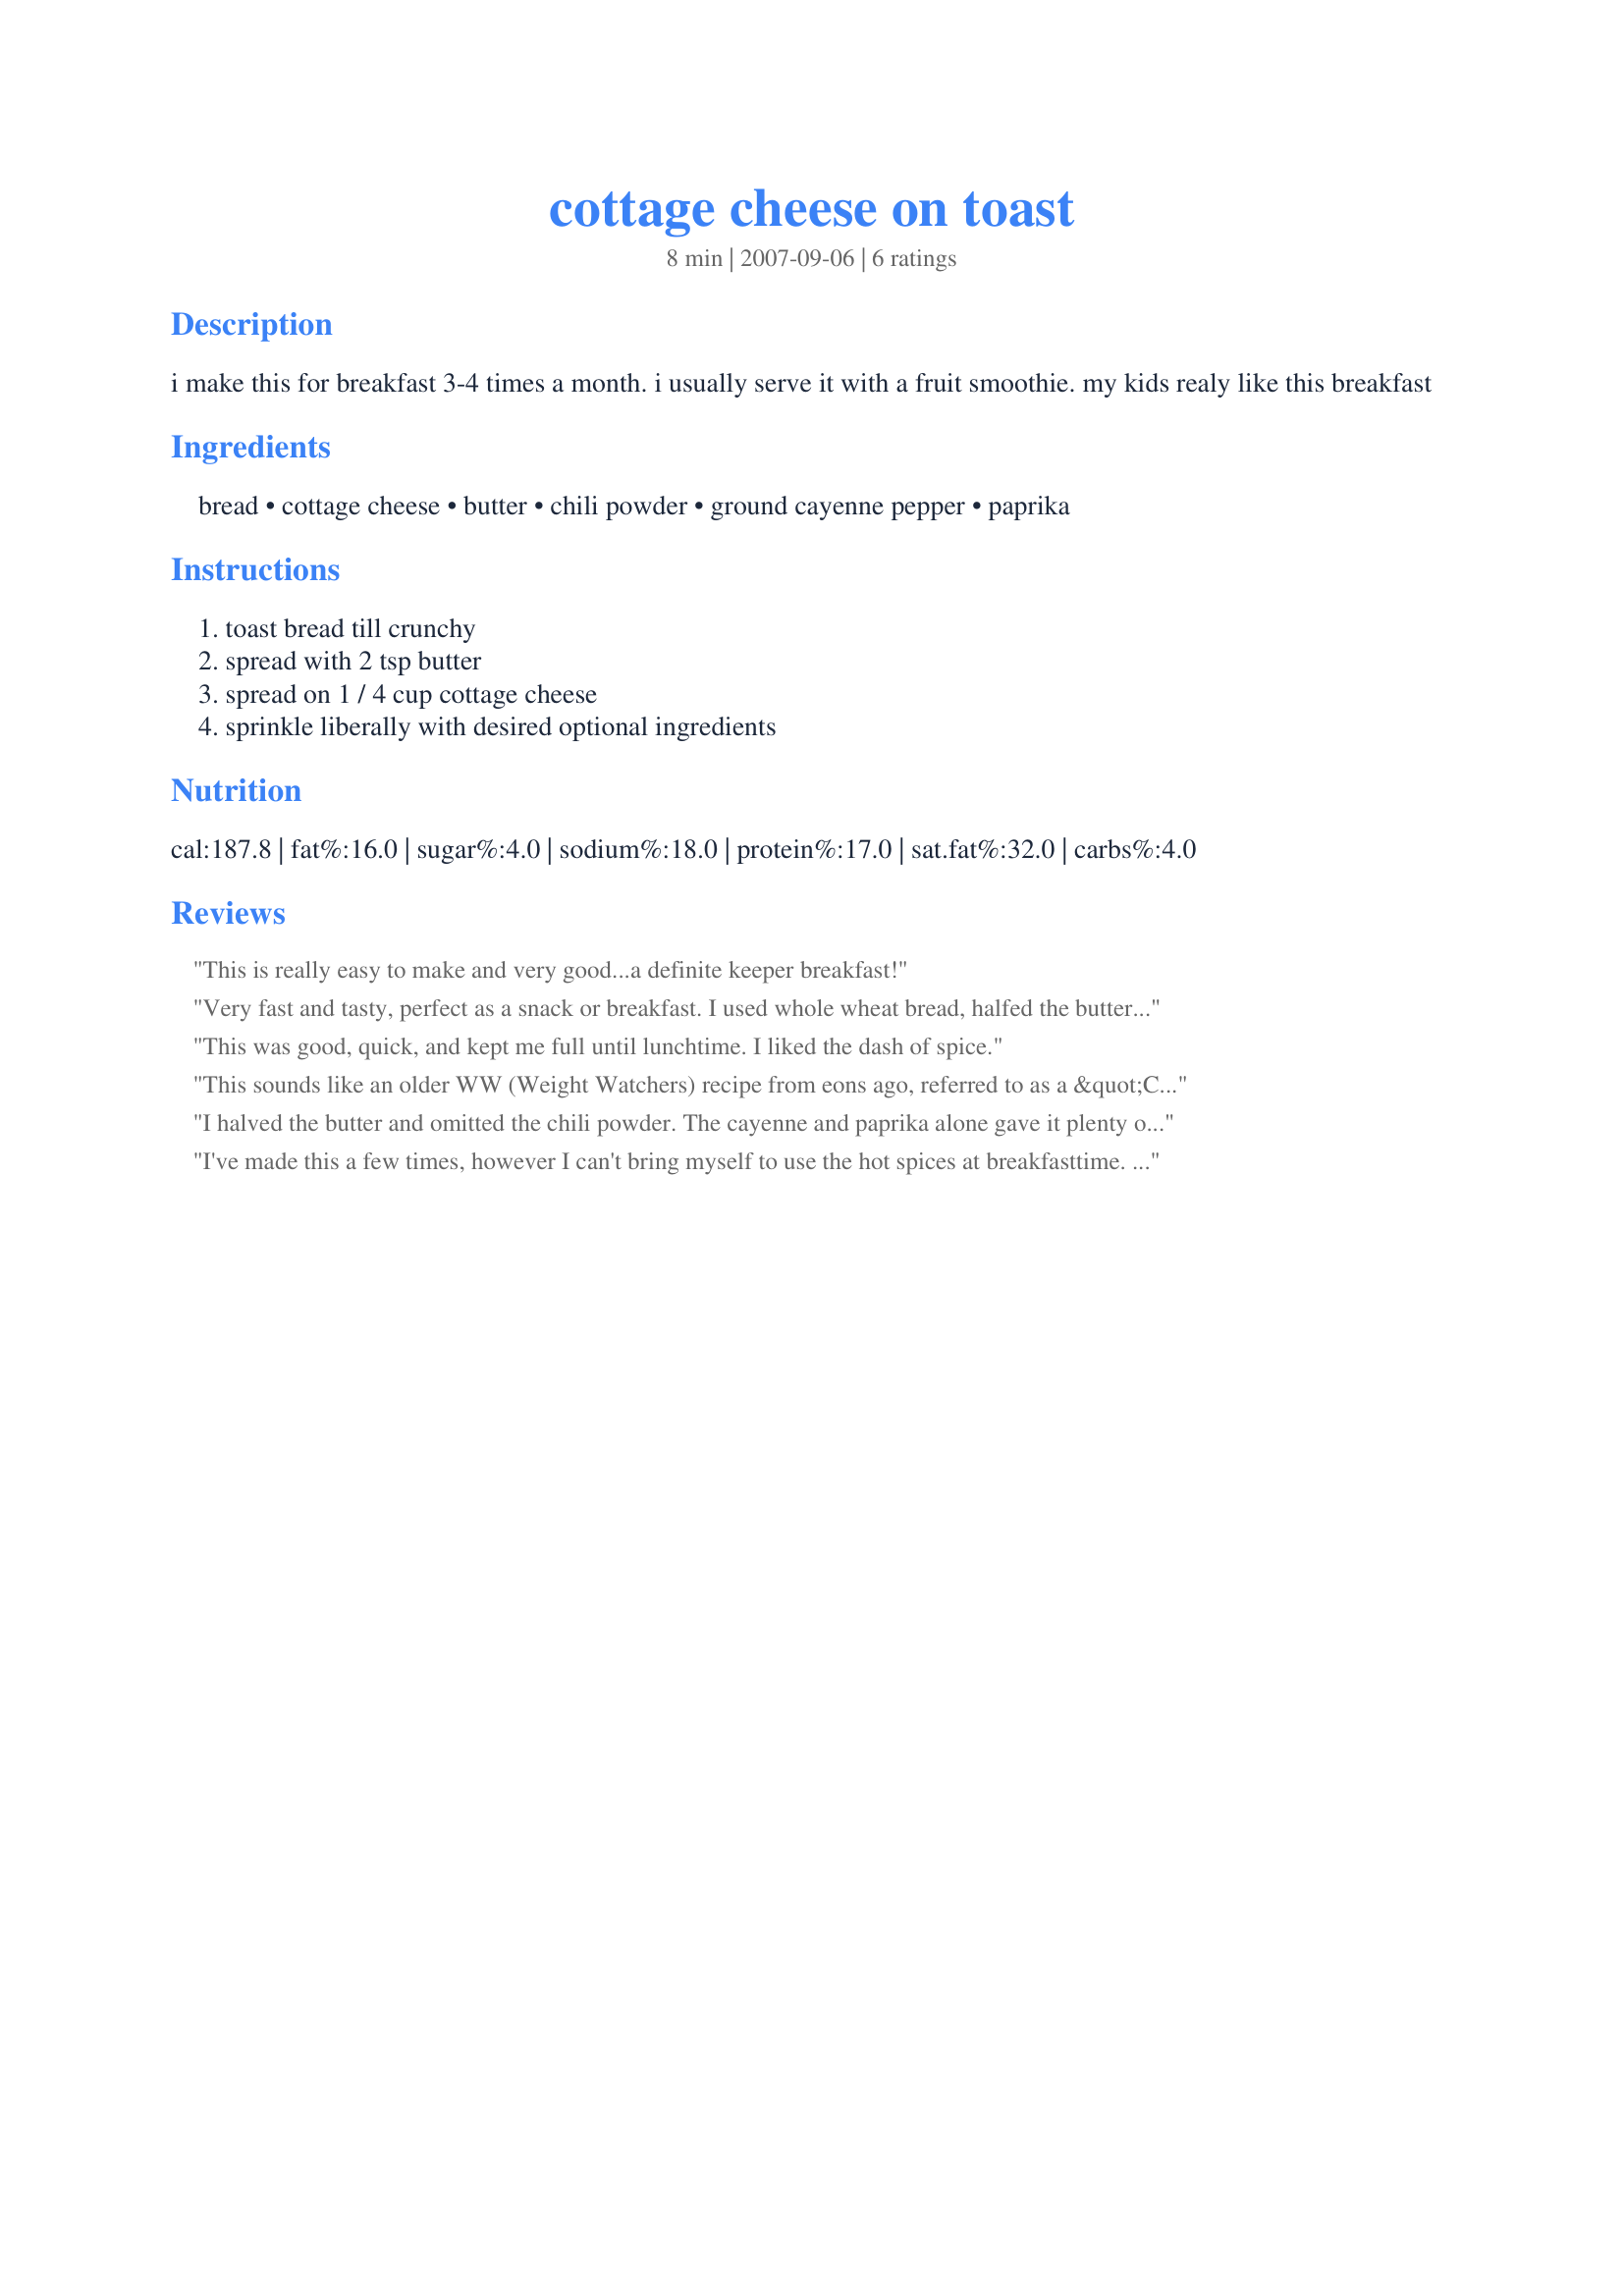
cottage cheese on toast
Preparation time: 8 minutes

i make this for breakfast 3-4 times a month. i usually serve it with a fruit smoothie. my kids realy like this breakfast

Ingredients:
bread, cottage cheese, butter, chili powder, ground cayenne pepper, paprika

Steps:
toast bread till crunchy, spread with 2 tsp butter, spread on 1 / 4 cup cottage cheese, sprinkle liberally with desired optional ingredients

Reviews:
This is really easy to make and very good...a definite keeper breakfast!
Very fast and tasty, perfect as a snack or breakfast. I used whole wheat bread, halfed the butter, 5% fat cottage cheese and paprika on the top. Thanks for sharing LizAnn!
This was good, quick, and kept me full until lunchtime. I liked the dash of spice.
This sounds like an older WW (Weight Watchers) recipe from eons ago, referred to as a &quot;Cheese Danish&quot;. I still make it occasionally, but instead, I top it with a heaping tablespoon of canned crushed pineapple &amp; a sprinkle of cinnamon. It&#039;s good and filling.
I halved the butter and omitted the chili powder. The cayenne and paprika alone gave it plenty of zing. This made a nice snack for me this afternoon.
I've made this a few times, however I can't bring myself to use the hot spices at breakfasttime. Instead I use cinnamon and splenda. Amazingly filling!
